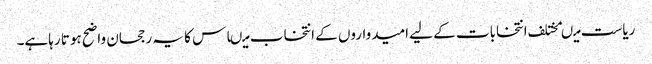
ریاست میںمختلف انتخابات کے لیے امیدواروں کے انتخاب میںاس کا یہ رجحان واضح ہوتا رہاہے۔